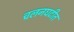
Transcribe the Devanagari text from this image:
चलनघटीत